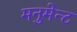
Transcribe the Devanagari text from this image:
मनुमेन्ट